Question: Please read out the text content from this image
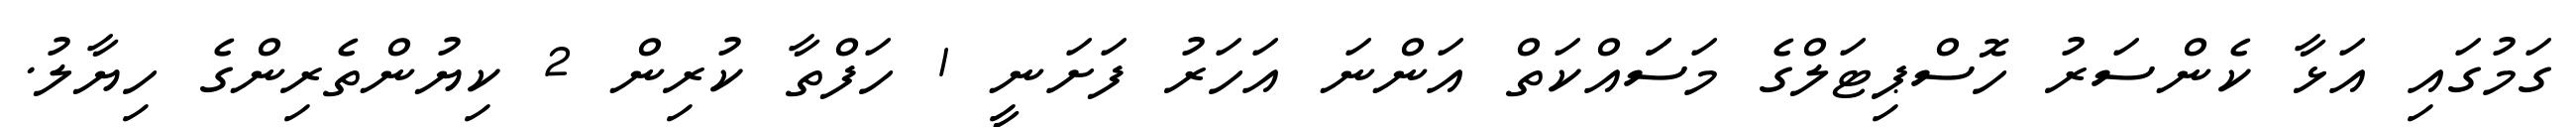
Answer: ގަމުގައި އަޅާ ކެންސަރު ހޮސްޕިޓަލްގެ މަސަައްކަތް އަންނަ އަހަރު ފަށަނީ 1 ހަފްތާ ކުރިން 2 ކިޔުންތެރިންގެ ހިޔާލު.